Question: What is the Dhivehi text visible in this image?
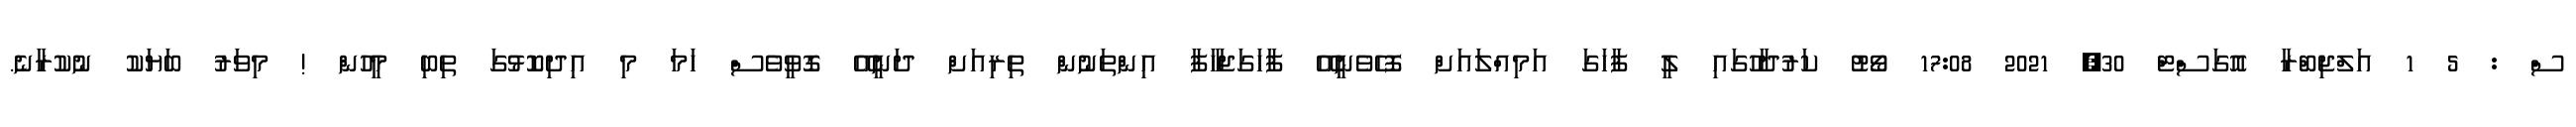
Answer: ސް : 5 1 އަލްޖިބްރާ އޮގަސްޓް 30, 2021 17:08 ވޯޓު ކަރުދާހުގައި ލީ ފާހަގަ އަމިއްލައަށް ފޮހެވެނީއޭ ފާހަގަޖަހާފާ އިންތަނުން ތިރިއަށް ދަނީއޭ ގޮވީވެސް ހަމަ މި އިދިކޮޅުގަ ތިބި މީހުން ! މިވަރު ބަޔަކު ނުކުރާނެ.